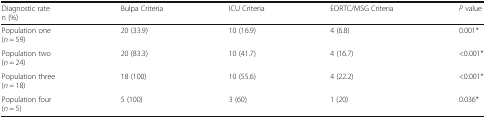
<table><thead><tr><td><b>Diagnostic raten (%)</b></td><td><b>Bulpa Criteria</b></td><td><b>ICU Criteria</b></td><td><b>EORTC/MSG Criteria</b></td><td><b><i>P</i> value</b></td></tr></thead><tbody><tr><td>Population one(<i>n</i> = 59)</td><td>20 (33.9)</td><td>10 (16.9)</td><td>4 (6.8)</td><td>0.001*</td></tr><tr><td>Population two(<i>n</i> = 24)</td><td>20 (83.3)</td><td>10 (41.7)</td><td>4 (16.7)</td><td>&lt;0.001*</td></tr><tr><td>Population three(<i>n</i> = 18)</td><td>18 (100)</td><td>10 (55.6)</td><td>4 (22.2)</td><td>&lt;0.001*</td></tr><tr><td>Population four(<i>n</i> = 5)</td><td>5 (100)</td><td>3 (60)</td><td>1 (20)</td><td>0.036*</td></tr></tbody></table>